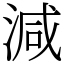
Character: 減